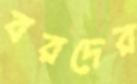
বরদের